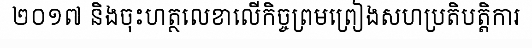
២០១៧ និងចុះហត្ថលេខាលើកិច្ចព្រមព្រៀងសហប្រតិបត្តិការ